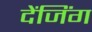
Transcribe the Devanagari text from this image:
देंजिंग